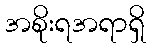
အစိုးရအရာရှိ